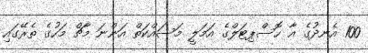
100 އެނދުގެ އާ ހޮސްޕިޓަލްގެ އަމަލީ މަސައްކަތް އަންނަ މާޗް މަހުގެ ތެރޭގައި